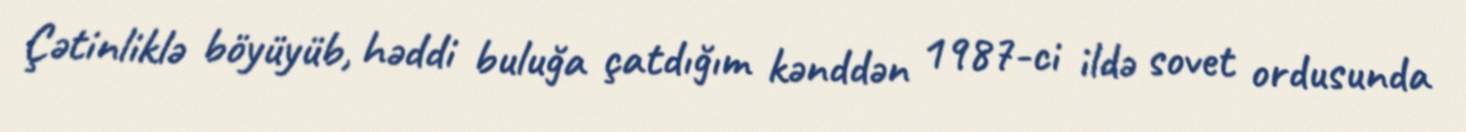
Çətinliklə böyüyüb, həddi buluğa çatdığım kənddən 1987-ci ildə sovet ordusunda